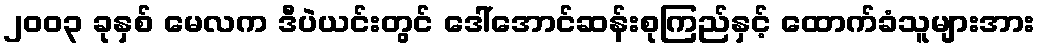
၂၀၀၃ ခုနှစ် မေလက ဒီပဲယင်းတွင် ဒေါ်အောင်ဆန်းစုကြည်နှင့် ထောက်ခံသူများအား